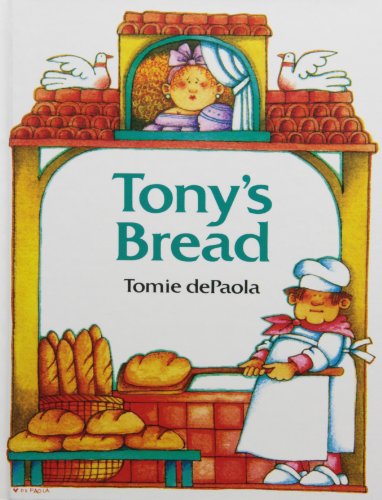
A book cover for Tony's Bread: An Italian Folktale (Paperstar); Tomie dePaola; Children's Books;